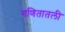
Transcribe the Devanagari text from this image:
गणितातली